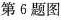
第6题图